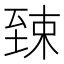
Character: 𫇎